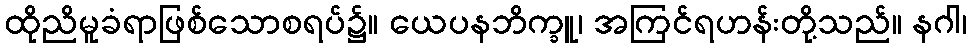
ထိုညိမူခံရာဖြစ်သောစရပ်၌။ ယေပနဘိက္ခူ၊ အကြင်ရဟန်းတို့သည်။ နဂါ၊